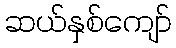
ဆယ်နှစ်ကျော်